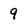
Character: 9